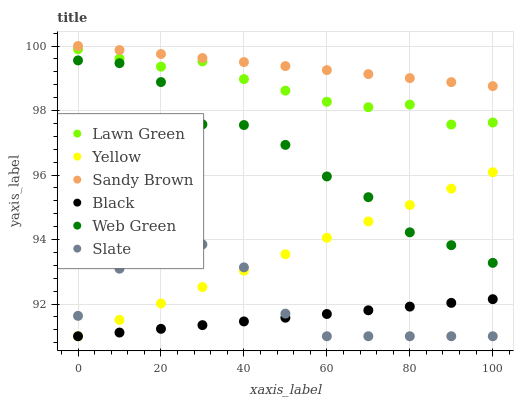
| xaxis_label | Lawn Green | Yellow | Sandy Brown | Black | Web Green | Slate |
 | --- | --- | --- | --- | --- | --- | --- |
 | 0 | 99.9 | 91 | 100 | 91 | 99.6 | 91.6 |
 | 10 | 99.6 | 91.5 | 99.9 | 91.1 | 99.5 | 93.1 |
 | 20 | 99.4 | 92 | 99.8 | 91.2 | 98.9 | 93.8 |
 | 30 | 99.5 | 92.5 | 99.6 | 91.3 | 97.6 | 93.8 |
 | 40 | 99 | 93 | 99.5 | 91.5 | 97.5 | 93.1 |
 | 50 | 98.6 | 93.5 | 99.4 | 91.6 | 96.9 | 91.7 |
 | 60 | 98.3 | 94.1 | 99.3 | 91.7 | 96 | 91 |
 | 70 | 98.1 | 94.6 | 99.1 | 91.8 | 95.3 | 91 |
 | 80 | 98.2 | 95.1 | 99 | 91.9 | 94.2 | 91 |
 | 90 | 97.6 | 95.6 | 98.9 | 92 | 93.8 | 91 |
 | 100 | 97.6 | 96.1 | 98.8 | 92.1 | 93.3 | 91 |